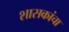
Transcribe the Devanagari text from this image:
शासकांचा